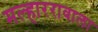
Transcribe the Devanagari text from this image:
मल्हाररावाला